Leaving Certificate, 1897
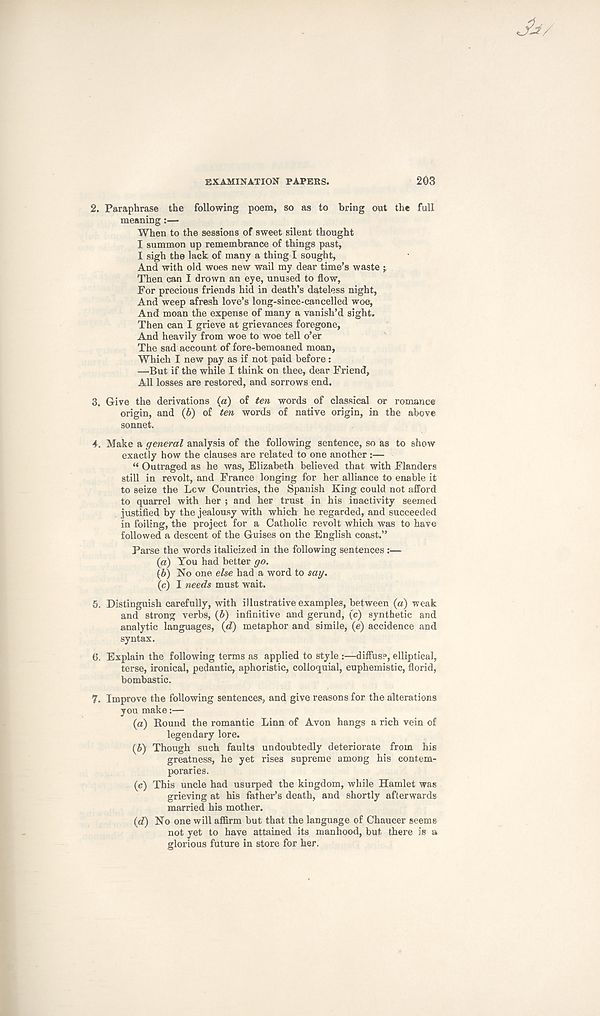
EXAMINATION PAPERS.
203
2. Paraphrase the following poem, so as to bring out the full
meaning:—
When to the sessions of sweet silent thought
I summon up remembrance of things past,
I sigh the lack of many a thing I sought,
And with old woes new wail my dear time’s waste
Then can I drown an eye, unused to flow,
For precious friends hid in death’s dateless night,
And weep afresh love’s long-since-cancelled woe,
And moan the expense of many a vanish’d sight.
Then can I grieve at grievances foregone,
And heavily from woe to woe tell o’er
The sad account of fore-bemoaned moan,
Which I new pay as if not paid before :
—But if the while I think on thee, dear Friend,
All losses are restored, and sorrows end.
3. Give the derivations (a) of ten words of classical or romance
origin, and (b) of ten words of native origin, in the above
sonnet.
4. Make a general analysis of the following sentence, so as to show
exactly how the clauses are related to one another:—
“ Outraged as he was, Elizabeth believed that with Flanders
still in revolt, and France longing for her alliance to enable it
to seize the Lew Countries, the Spanish King could not afford
to quarrel with her ; and her trust in his inactivity seemed
justified by the jealousy with which he regarded, and succeeded
in foiling, the project for a Catholic revolt which was to have
followed a descent of the Guises on the English coast.”
Parse the words italicized in the following sentences :—
(a) You had better go.
(b) No one else had a word to sag.
(c) I needs must wait.
5. Distinguish carefully, with illustrative examples, between (a) weak
and strong verbs, (b) infinitive and gerund, (c) synthetic and
analytic languages, (d) metaphor and simile, (e) accidence and
syntax.
6. Explain the following terms as applied to style :—diffus?, elliptical,
terse, ironical, pedantic, aphoristic, colloquial, euphemistic, florid,
bombastic.
7. Improve the following sentences, and give reasons for the alterations
you make:—
(a) Bound the romantic Linn of Avon hangs a rich vein of
legendary lore.
(b) Though such faults undoubtedly deteriorate from his
greatness, he yet rises supreme among his contem-
poraries.
(e) This uncle had usurped the kingdom, while Hamlet was
grieving at his father’s death, and shortly afterwards
married his mother.
(d)
No one will affirm but that the
not yet to have attained its manhood, but there is a
glorious future in store for her.